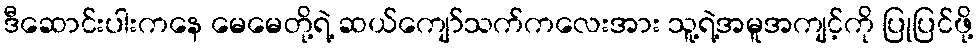
ဒီဆောင်းပါးကနေ မေမေတို့ရဲ့ ဆယ်ကျော်သက်ကလေးအား သူ့ရဲ့အမူအကျင့်ကို ပြုပြင်ဖို့